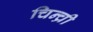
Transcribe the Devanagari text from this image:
चिन्च्री